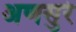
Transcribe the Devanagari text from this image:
अणसुरे